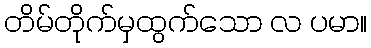
တိမ်တိုက်မှထွက်သော လ ပမာ။